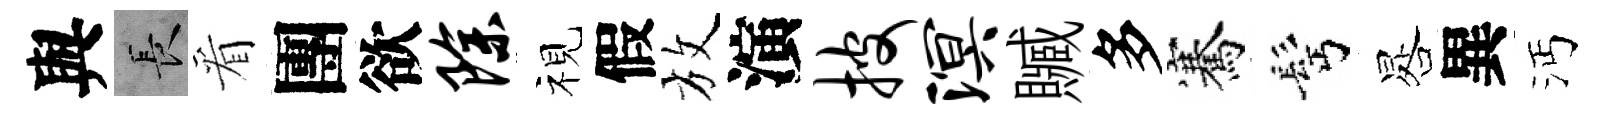
與长看團欲除视假放演披溟贓多騫髩晷異沔